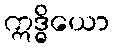
ဣဒ္ဓိယော